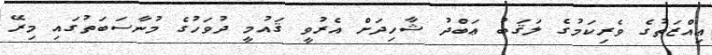
ޢިއްޒަތުގެ ވެރިކަމުގެ ލަޤަބު ޢަބްދު ޝާހިދަށް އެރުވީ ޤައުމީ ދުވަހުގެ މުނާސަބަތުގައި މިރޭ